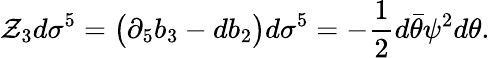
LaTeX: \mathcal{Z}_{3}d\sigma^{5}=\big(\partial_{5}b_{3}-db_{2}\big)d\sigma^{5}=-{\frac{{1}}{{2}}}d\bar{{\theta}}\psi^{2}d\theta.